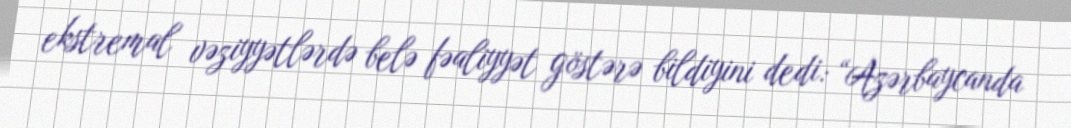
ekstremal vəziyyətlərdə belə fəaliyyət göstərə bildiyini dedi: “Azərbaycanda